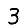
Digit: 3